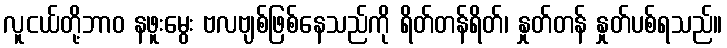
လူငယ်တို့ဘာဝ နဖူးမွေး ဗလဗျစ်ဖြစ်နေသည်ကို ရိတ်တန်ရိတ်၊ နှုတ်တန် နှုတ်ပစ်ရသည်။